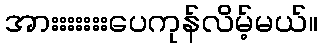
အားးးးးးးပေကုန်လိမ့်မယ်။